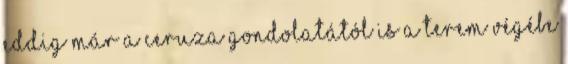
Eddig már a ceruza gondolatától is a terem végébe